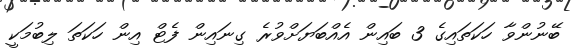
ބޭނުންވާ ހަކަތައިގެ 3 ބައިން އެއްބަޔަށްވުރެ ގިނައިން ފެޓް އިން ހަކަތަ ލިބުމަކީ